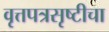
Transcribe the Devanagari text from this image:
वृत्तपत्रसृष्टीचा